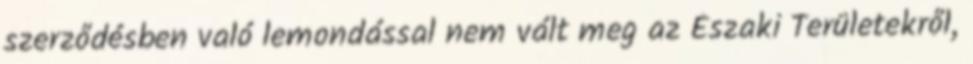
szerződésben való lemondással nem vált meg az Északi Területekről,